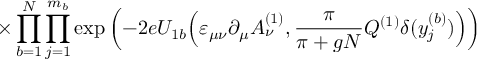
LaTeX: \times \prod _ { b = 1 } ^ { N } \prod _ { j = 1 } ^ { m _ { b } } \exp \left( - 2 e U _ { 1 b } \Big ( \varepsilon _ { \mu \nu } \partial _ { \mu } A _ { \nu } ^ { ( 1 ) } , \frac { \pi } { \pi + g N } Q ^ { ( 1 ) } \delta ( y _ { j } ^ { ( b ) } ) \Big ) \right)